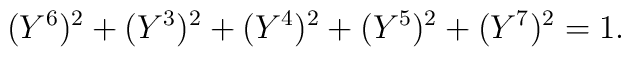
(Y^{6})^{2} + (Y^{3})^{2} + (Y^{4})^{2} + (Y^{5})^{2} + (Y^{7})^{2} =1.